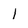
Character: I